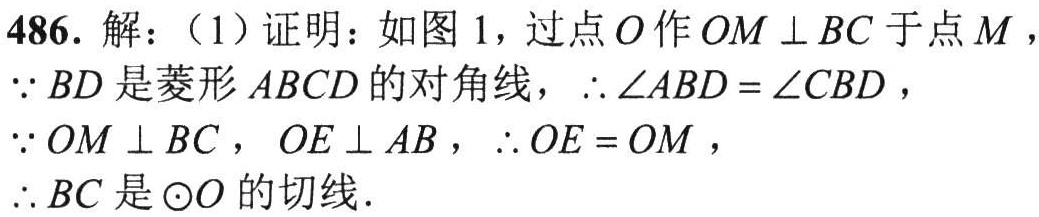
486. 解：（1）证明：如图 1，过点\(O\)作\(OM\perp BC\)于点\(M\)，
\(\because BD\)是菱形\(ABCD\)的对角线，\(\therefore \angle ABD = \angle CBD\)，
\(\because OM\perp BC\)，\(OE\perp AB\)，\(\therefore OE = OM\)，
\(\therefore BC\)是\(\odot O\)的切线.